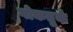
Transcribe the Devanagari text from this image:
गोकतुर्क